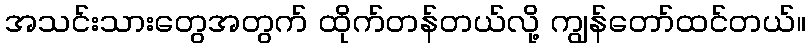
အသင်းသားတွေအတွက် ထိုက်တန်တယ်လို့ ကျွန်တော်ထင်တယ်။